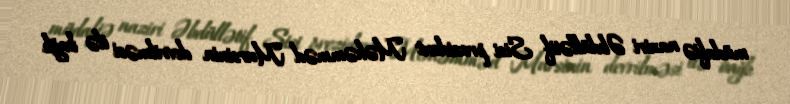
müdafiə naziri Əbdüllətif Sisi prezident Məhəmməd Mursinin devrilməsi ilə bağlı